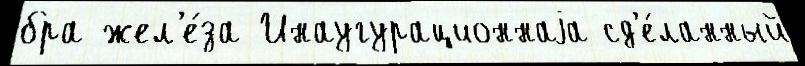
бра жел'е́за Инаугурационнаjа сд'е́ланный